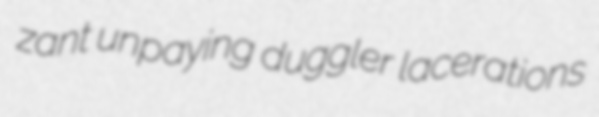
zant unpaying duggler lacerations